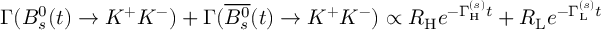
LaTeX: \Gamma ( B _ { s } ^ { 0 } ( t ) \to K ^ { + } K ^ { - } ) + \Gamma ( \overline { { { B _ { s } ^ { 0 } } } } ( t ) \to K ^ { + } K ^ { - } ) \propto R _ { \mathrm { H } } e ^ { - \Gamma _ { \mathrm { H } } ^ { ( s ) } t } + R _ { \mathrm { L } } e ^ { - \Gamma _ { \mathrm { L } } ^ { ( s ) } t }